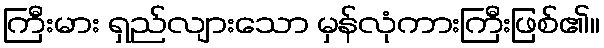
ကြီးမား ရှည်လျားသော မှန်လုံကားကြီးဖြစ်၏။